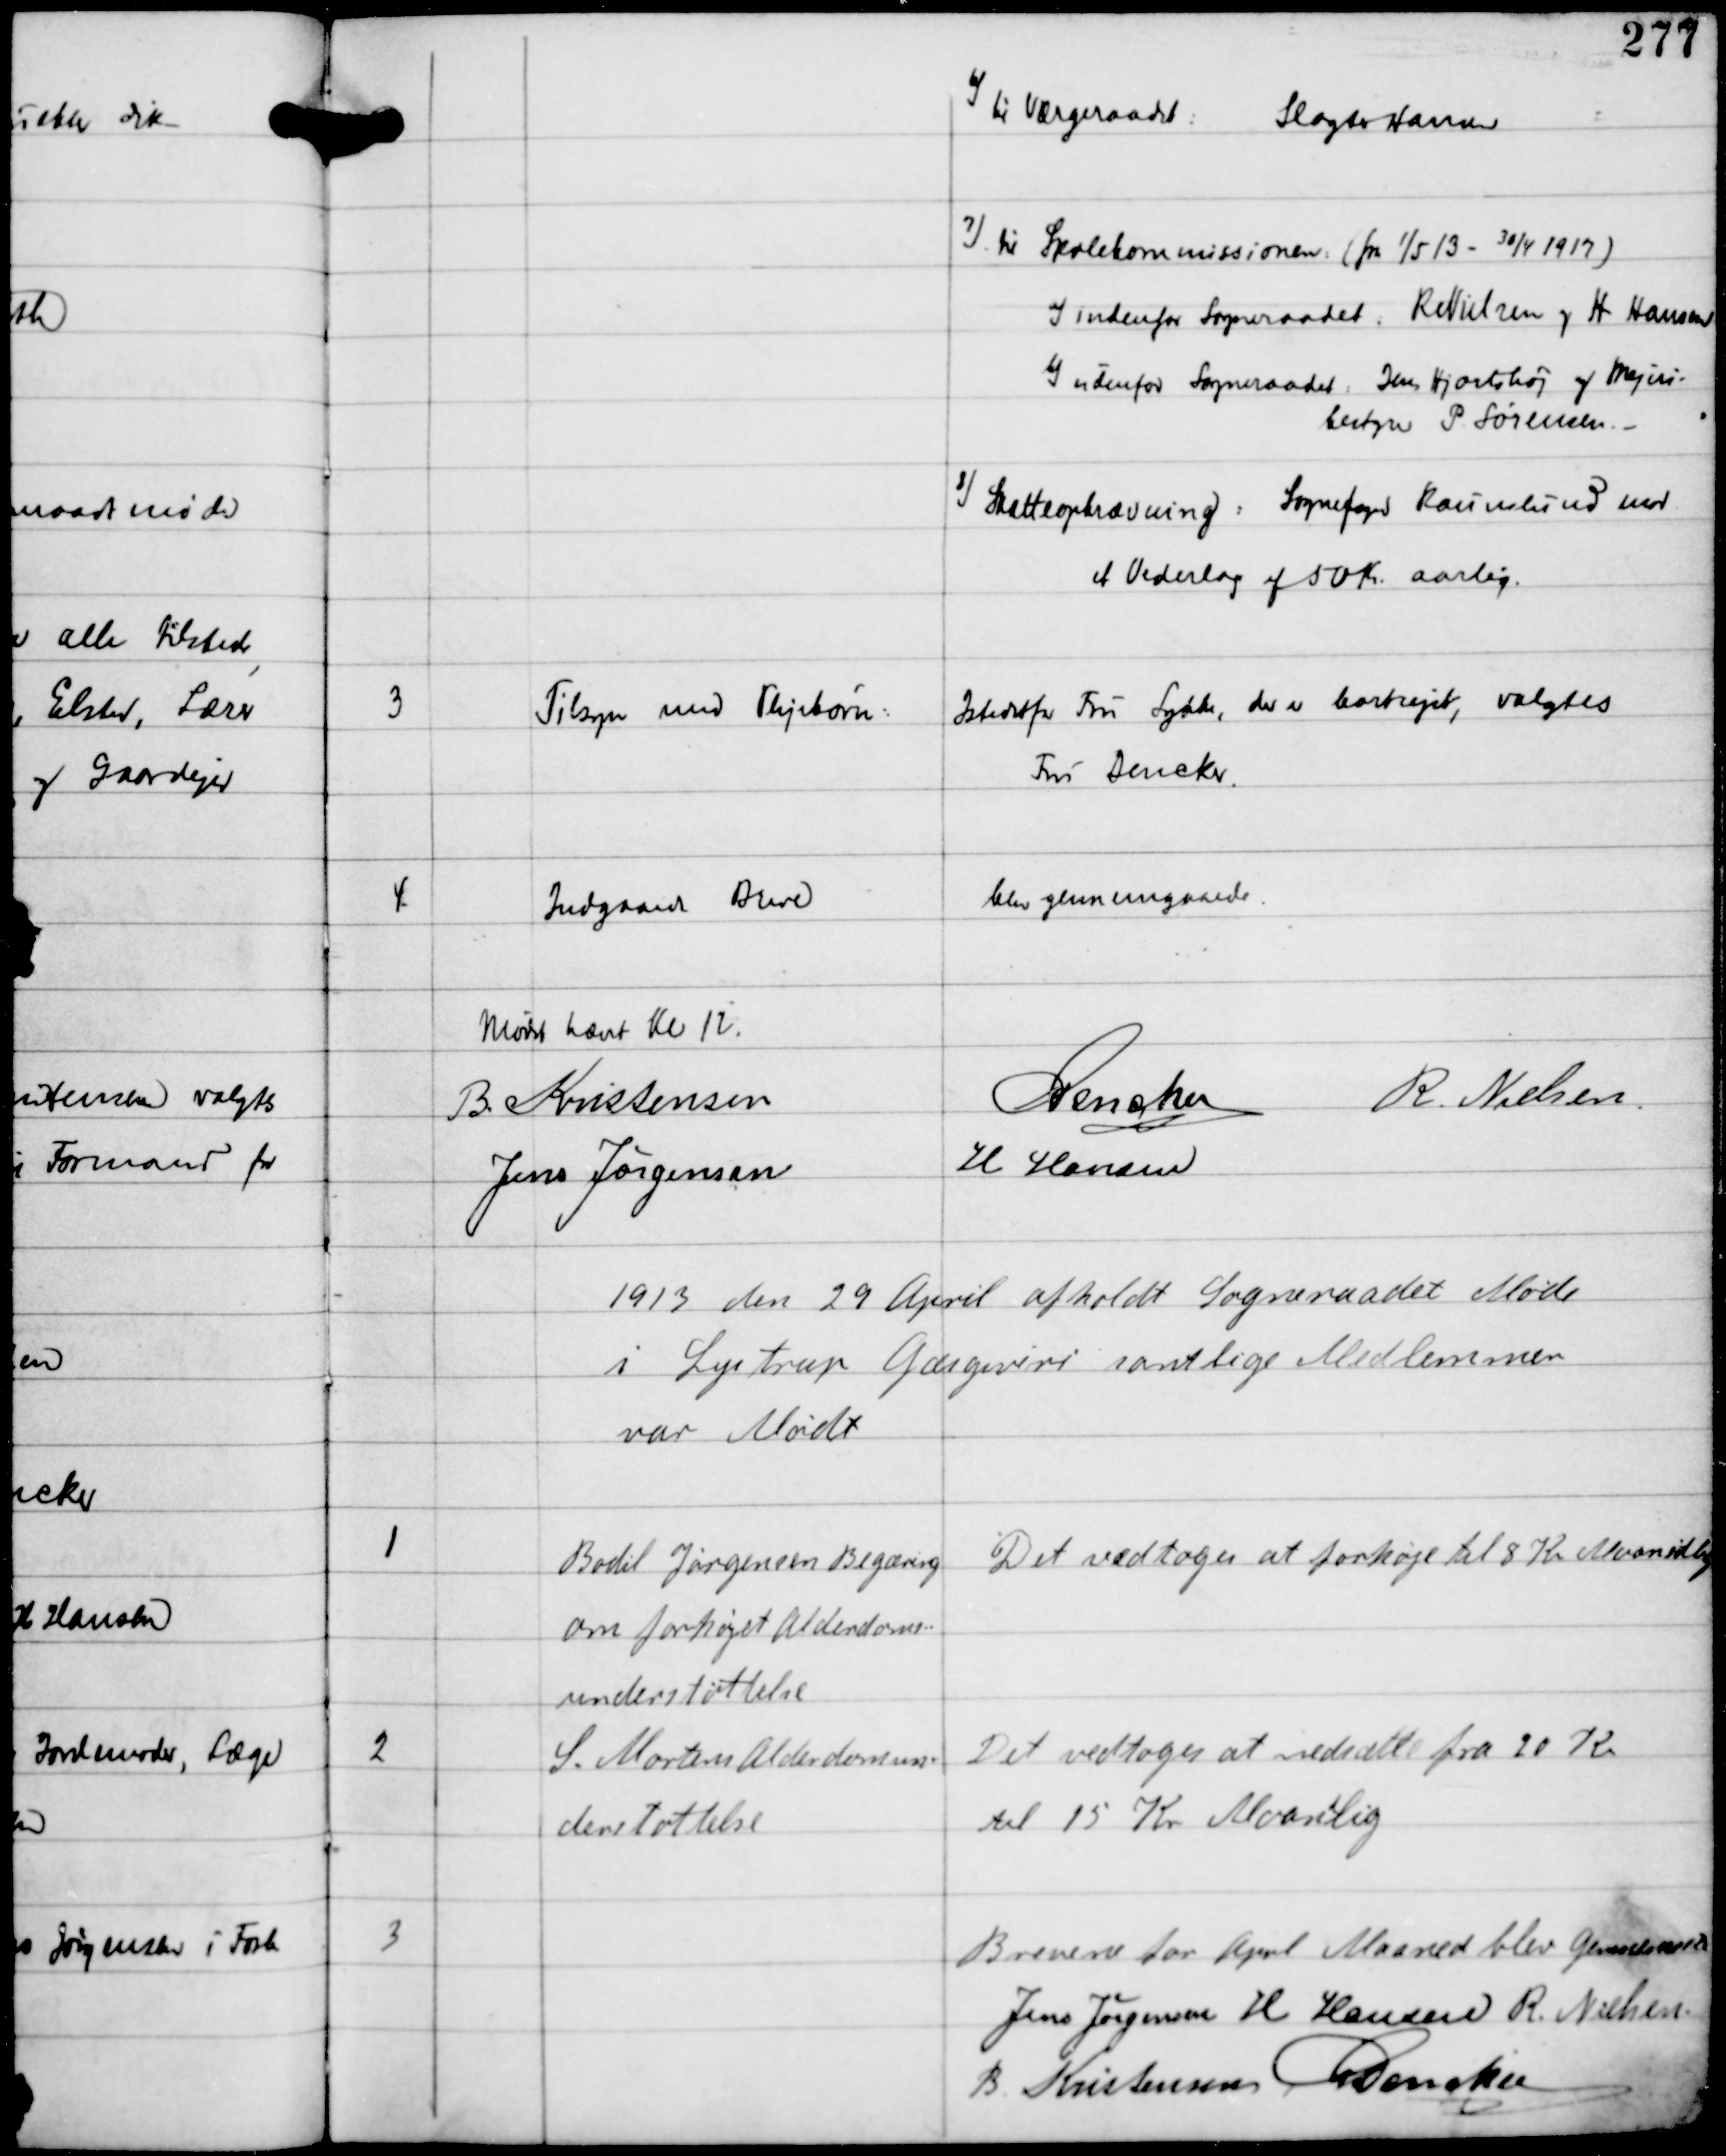
Transskription:
6) til Værgeraadet:
Slagter Hansen
7) til Skolekommissionen (fra 1/5 13 - 30/4 1917)
a) indenfor Sogneraadet Rs Nielsen og H Hansen
b) udenfor Sogneraadet Jens Hjortshøj og Mejeri-
bestyrer P Sørensen. -
8) Skatteopkrævning: Sognefoged Raunslund mod
et Vederlag af 50 Kr aarlig.

3

Tilsyn med Plejebørn.

Istedetfor Fru Lykke, der er bortrejst, valgtes
Fru Dencker.

4

Indgaaede Breve

blev gennemgaaede.

Mødet hævet Kl 12.
B Kristensen
C Dencker
R Nielsen
Jens Jørgensen
H Hansen

1913 den 29 April afholdt Sogneraadet Møde
i Lystrup Gæstgiveri samtlige Medlemmer
var Mødt

1

Bodil Jørgensen Begæring
om forhøjet Alderdoms-
understøttelse

Det vedtoges at forhøje til 8 Kr Maanedlig

2

S. Mortens Alderdomsun-
derstøttelse

Det vedtoges at nedsætte fra 20 Kr
til 15 Kr Maanedlig

3

Brevene for April Maaned blev gennemsete
Jens Jørgensen H Hansen R Nielsen
B Kristensen C Dencker